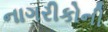
નાગરીકોની